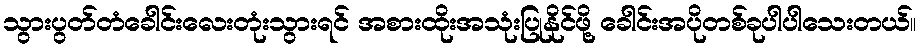
သွားပွတ်တံခေါင်းလေးတုံးသွားရင် အစားထိုးအသုံးပြုနိုင်ဖို့ ခေါင်းအပိုတစ်ခုပါပါသေးတယ်။